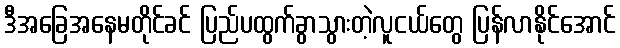
ဒီအခြေအနေမတိုင်ခင် ပြည်ပထွက်ခွာသွားတဲ့လူငယ်တွေ ပြန်လာနိုင်အောင်